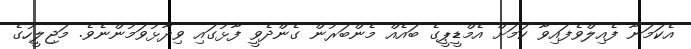
އެކަމަނާ ފެއިލްވެފައިވާ ކަމަށް އެމްޑީޕީގެ ބައެއް މެންބަރުން ގެންދެވީ ފާޅުގައި ވިދާޅުވަމުންނެވެ. މަޖިލީހުގެ